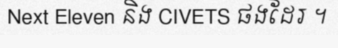
Next Eleven និង CIVETS ផងដែរ ។